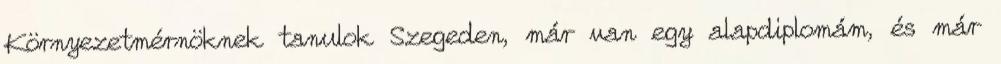
Környezetmérnöknek tanulok Szegeden, már van egy alapdiplomám, és már